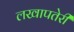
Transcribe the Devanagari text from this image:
लखापतेरी